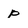
Character: p